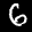
Label: 6